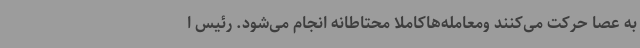
به عصا حرکت می‌کنند ومعامله‌هاکاملا محتاطانه انجام می‌شود. رئیس ا